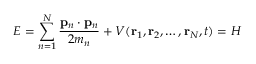
E = \sum _ { n = 1 } ^ { N } { \frac { \mathbf { p } _ { n } \cdot \mathbf { p } _ { n } } { 2 m _ { n } } } + V ( \mathbf { r } _ { 1 } , \mathbf { r } _ { 2 } , \ldots , \mathbf { r } _ { N } , t ) = H \,